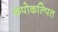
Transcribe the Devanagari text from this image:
कपोकल्पित